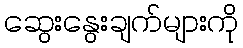
ဆွေးနွေးချက်များကို